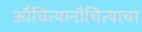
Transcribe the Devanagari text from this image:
औचित्यानौचित्याचा